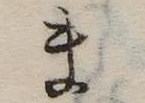
ま